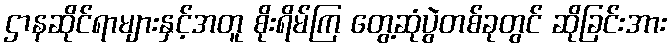
ဌာနဆိုင်ရာများနှင့်အတူ စိုးရိမ်ကြ တွေ့ဆုံပွဲတစ်ခုတွင် ဆိုခြင်းအား